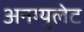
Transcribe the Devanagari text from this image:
अनग्युलेट